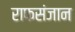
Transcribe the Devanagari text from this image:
राफसंजान